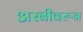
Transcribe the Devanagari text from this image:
अरबीवरून